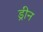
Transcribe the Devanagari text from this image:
ड्रीन